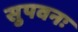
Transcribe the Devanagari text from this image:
सुपवनः